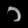
Digit: ၁